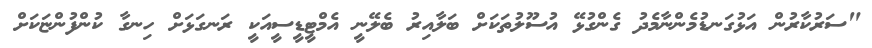
"ސަރުކާރުން އަޅުގަނޑުމެންނާމެދު ގެންގުޅޭ އުސޫލުތަކަށް ބަލާއިރު ބެލޭނީ އެމްޓީޑީސީއަކީ ރަނގަޅަށް ހިނގާ ކުންފުންޏަކަށް